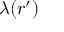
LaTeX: \lambda ( { \boldsymbol { r } } ^ { \prime } )